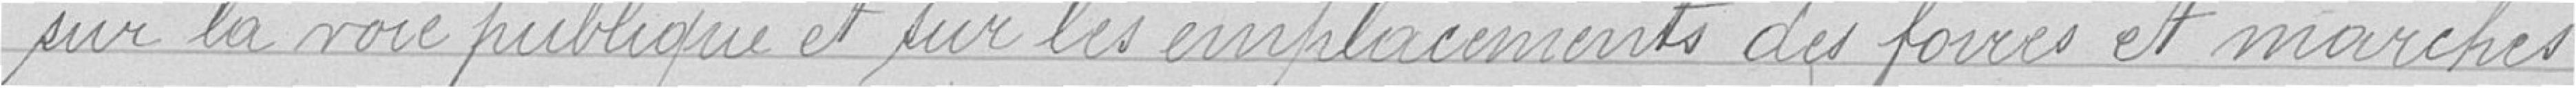
sur la voie publique et sur les emplacements des foires et marchés